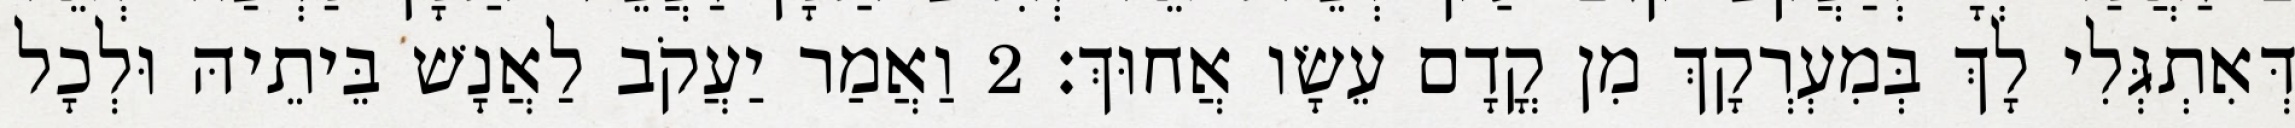
דְּאִתְגְּלִי לָךְ בְּמִעְרְקָךְ מִן קֳדָם עֵשָׂו אֲחוּךְ׃ 2 וַאֲמַר יַעֲקֹב לַאֲנָשׁ בֵּיתֵיהּ וּלְכָל